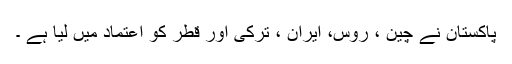
پاکستان نے چین ، روس، ایران ، ترکی اور قطر کو اعتماد میں لیا ہے ۔